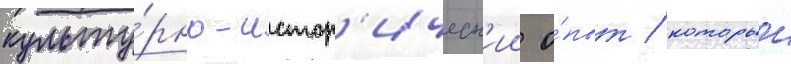
культу́рно-истор'ическ'ии о́пыт / которыи